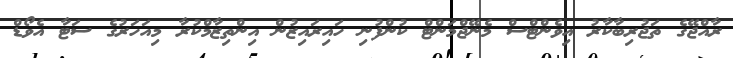
ރާއްޖޭގެ ތަޖުރިބާކާރު އިވެންޓްސް މެނޭޖްމަންޓް ކުންފުނި ހައިރައިޒުން އިންތިޒާމްކުރާ މިއަހަރުގެ ސަޓާ އެވޯޑް